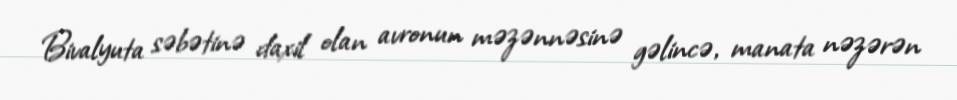
Bivalyuta səbətinə daxil olan avronun məzənnəsinə gəlincə, manata nəzərən